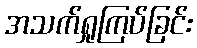
အသက်ရှုကြပ်ခြင်း